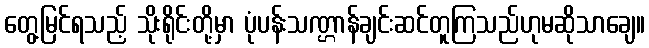
တွေ့မြင်ရသည့် သိုးရိုင်းတို့မှာ ပုံပန်းသဏ္ဌာန်ချင်းဆင်တူကြသည်ဟုမဆိုသာချေ။